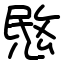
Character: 愍